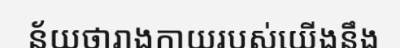
ន័យថារាងកាយរបស់យើងនឹង